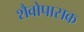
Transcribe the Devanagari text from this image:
शैवोपासक